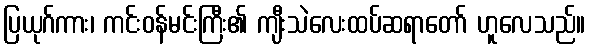
ပြယုဂ်ကား၊ ကင်းဝန်မင်းကြီး၏ ကျီးသဲလေးထပ်ဆရာတော် ဟူလေသည်။